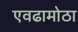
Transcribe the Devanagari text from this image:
एवढामोठा